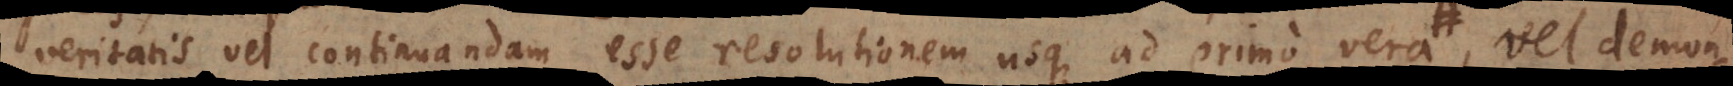
veritatis vel continuandam esse resolutionem usque ad primo vera aut saltem